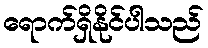
ရောက်ရှိနိုင်ပါသည်